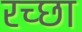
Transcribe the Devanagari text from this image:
रच्छा